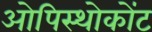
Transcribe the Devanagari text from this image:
ओपिस्थोकोंट